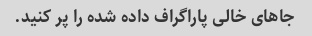
جاهای خالی پاراگراف داده شده را پر کنید.